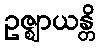
ဥဇ္ဈာယန္တိ